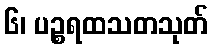
၆၊ ပဉ္စရထသတသုတ်